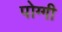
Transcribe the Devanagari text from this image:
पोग्गी